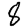
Digit: 8